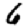
Digit: 6